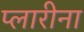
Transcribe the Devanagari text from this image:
प्लारीना